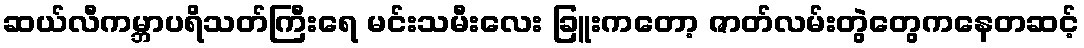
ဆယ်လီကမ္ဘာပရိသတ်ကြီးရေ မင်းသမီးလေး ခြူးကတော့ ဇာတ်လမ်းတွဲတွေကနေတဆင့်